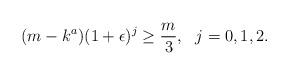
LaTeX: \begin{align*}(m-k^a)(1+\epsilon)^j \geq {m \over 3}, \ \ j=0,1,2.\end{align*}